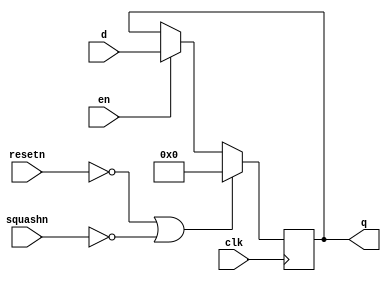
`define VAL 31
`define WIDTH 32
`define NUMREGS 32
`define LOG2NUMREGS 5
`define PC_WIDTH 30
`define I_DATAWIDTH 32
`define I_ADDRESSWIDTH 14
`define I_SIZE 16384
`define D_ADDRESSWIDTH 32
`define DM_DATAWIDTH 32
`define DM_BYTEENAWIDTH 4
`define DM_ADDRESSWIDTH 10
`define DM_SIZE 16384
`define     OP_SPECIAL       6'b000000
`define     OP_REGIMM        6'b000001
`define     OP_J             6'b000010
`define     OP_JAL           6'b000011
`define     OP_BEQ           6'b000100
`define     OP_BNE           6'b000101
`define     OP_BLEZ          6'b000110
`define     OP_BGTZ          6'b000111
`define     OP_ADDI          6'b001000
`define     OP_ADDIU         6'b001001
`define     OP_SLTI          6'b001010
`define     OP_SLTIU         6'b001011
`define     OP_ANDI          6'b001100
`define     OP_ORI           6'b001101
`define     OP_XORI          6'b001110
`define     OP_LUI           6'b001111
`define     OP_LB            6'b100000
`define     OP_LH            6'b100001
`define     OP_LWL           6'b100010
`define     OP_LW            6'b100011
`define     OP_LBU           6'b100100
`define     OP_LHU           6'b100101
`define     OP_LWR           6'b100110
`define     OP_SB            6'b101100
`define     OP_SH            6'b101101
`define     OP_SWL           6'b101010
`define     OP_SW            6'b101111
`define     OP_SWR           6'b101110
`define     FUNC_SLL         6'b000000
`define     FUNC_SRL         6'b000010
`define     FUNC_SRA         6'b000011
`define     FUNC_SLLV        6'b000100
`define     FUNC_SRLV        6'b000110
`define     FUNC_SRAV        6'b000111
`define     FUNC_JR          6'b001110
`define     FUNC_JALR        6'b001111
`define     FUNC_MFHI        6'b110100
`define     FUNC_MTHI        6'b110101
`define     FUNC_MFLO        6'b110110
`define     FUNC_MTLO        6'b110111
`define     FUNC_MULT        6'b111100
`define     FUNC_MULTU       6'b111101
`define     FUNC_DIV         6'b111110
`define     FUNC_DIVU        6'b111111
`define     FUNC_ADD         6'b100000
`define     FUNC_ADDU        6'b100001
`define     FUNC_SUB         6'b100010
`define     FUNC_SUBU        6'b100011
`define     FUNC_AND         6'b100100
`define     FUNC_OR          6'b100101
`define     FUNC_XOR         6'b100110
`define     FUNC_NOR         6'b100111
`define     FUNC_SLT         6'b101010
`define     FUNC_SLTU        6'b101011
`define     FUNC_BLTZ        1'b0
`define     FUNC_BGEZ        1'b1
`define     OP_COP2        6'b010010
`define     COP2_FUNC_CFC2      6'b111000
`define     COP2_FUNC_CTC2      6'b111010
`define     COP2_FUNC_MTC2      6'b111011
//`define     FUNC_BLTZAL      5'b10000
//`define     FUNC_BGEZAL      5'b10001
`define     FUNC_BLTZ        5'b00000
`define     FUNC_BGEZ        5'b00001
`define     FUNC_BLTZAL      5'b10000
`define     FUNC_BGEZAL      5'b10001
`define SIMULATION_MEMORY
//`define WIDTH 32
//`define WIDTH 32
//`define WIDTH 32
//`define WIDTH 32
//`define WIDTH 32
//`define WIDTH 32
//`define WIDTH 32
//`define WIDTH 32
//`define WIDTH 32
//`define WIDTH 32
//`define WIDTH 32
//`define WIDTH 32

module pipereg_w32(
	clk,
	resetn,
	d,
	squashn,
	en,
	q
);

//parameter WIDTH=32;
//`define WIDTH 32

input clk;
input resetn;
input en;
input squashn;
input [31:0] d;
output [31:0] q;
reg [31:0] q;

always @(posedge clk)   //synchronous reset
begin
  if (resetn==0 || squashn==0)
	q<=0;
  else if (en==1)
	q<=d;
end

endmodule